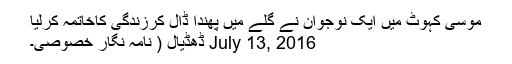
موسیٰ کہوٹ میں ایک نوجوان نے گلے میں پھندا ڈال کرزندگی کاخاتمہ کرلیا
July 13, 2016 ڈھڈیال ( نامہ نگار خصوصی۔